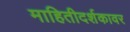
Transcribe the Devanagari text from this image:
माहितीदर्शकावर